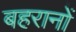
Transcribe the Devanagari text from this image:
बहरानों